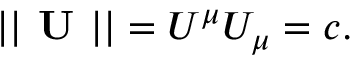
| | \textbf { U } | | = U ^ { \mu } U _ { \mu } = c .